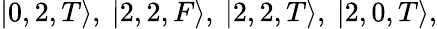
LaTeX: |0,2,T\rangle,\ |2,2,F\rangle,\ |2,2,T\rangle,\ |2,0,T\rangle,